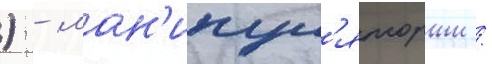
) - ман'ипул'яторши /